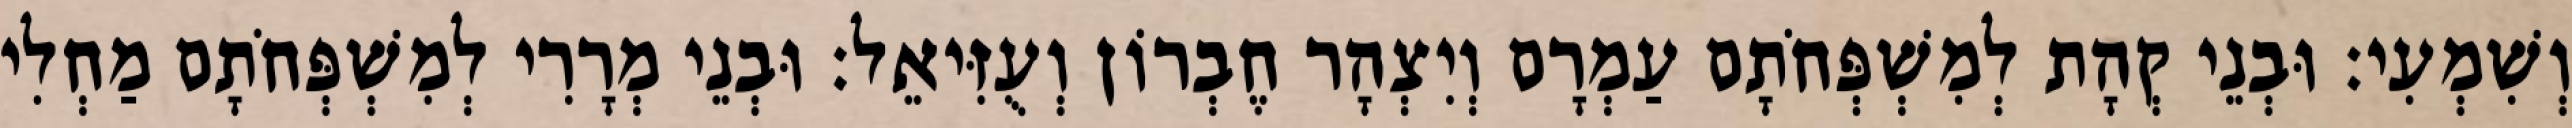
וְשִׁמְעִי׃ וּבְנֵי קְהָת לְמִשְׁפְּחֹתָם עַמְרָם וְיִצְהָר חֶבְרוֹן וְעֻזִּיאֵל׃ וּבְנֵי מְרָרִי לְמִשְׁפְּחֹתָם מַחְלִי